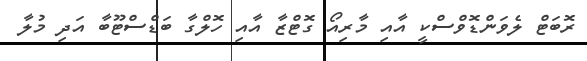
ރޮބަޓް ލެވަންޑޮވްސްކީ އާއި މާރިއޯ ގޮޓްޒާ އާއި ހޮލްގާ ބަޑްސްޓޫބާ އަދި މުލާ